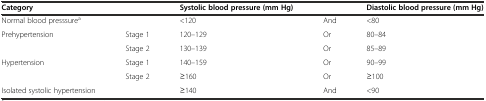
<table><thead><tr><td><b>Category</b></td><td></td><td><b>Systolic blood pressure (mm Hg)</b></td><td></td><td><b>Diastolic blood pressure (mm Hg)</b></td></tr></thead><tbody><tr><td>Normal blood presssure<sup>a</sup></td><td></td><td>&lt;120</td><td>And</td><td>&lt;80</td></tr><tr><td>Prehypertension</td><td>Stage 1</td><td>120–129</td><td>Or</td><td>80–84</td></tr><tr><td></td><td>Stage 2</td><td>130–139</td><td>Or</td><td>85–89</td></tr><tr><td>Hypertension</td><td>Stage 1</td><td>140–159</td><td>Or</td><td>90–99</td></tr><tr><td></td><td>Stage 2</td><td>≥160</td><td>Or</td><td>≥100</td></tr><tr><td>Isolated systolic hypertension</td><td></td><td>≥140</td><td>And</td><td>&lt;90</td></tr></tbody></table>